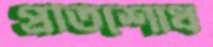
প্রতিশোধ